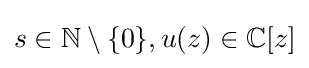
s\in \mathbb {N} \setminus \{0\},u(z)\in \mathbb {C} [z]